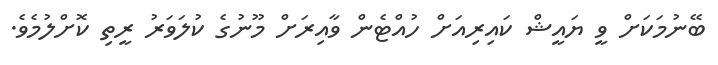
ބޭނުމަކަށް ވީ ޔައީޝް ކައިރިއަށް ހުއްޓެން ވާއިރަށް މޫނުގެ ކުލަވަރު ރީތި ކޮށްލުމެވެ.